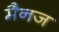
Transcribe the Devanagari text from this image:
मैनज